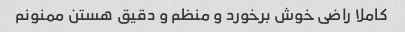
کاملا راضی خوش برخورد و منظم و دقیق هستن ممنونم